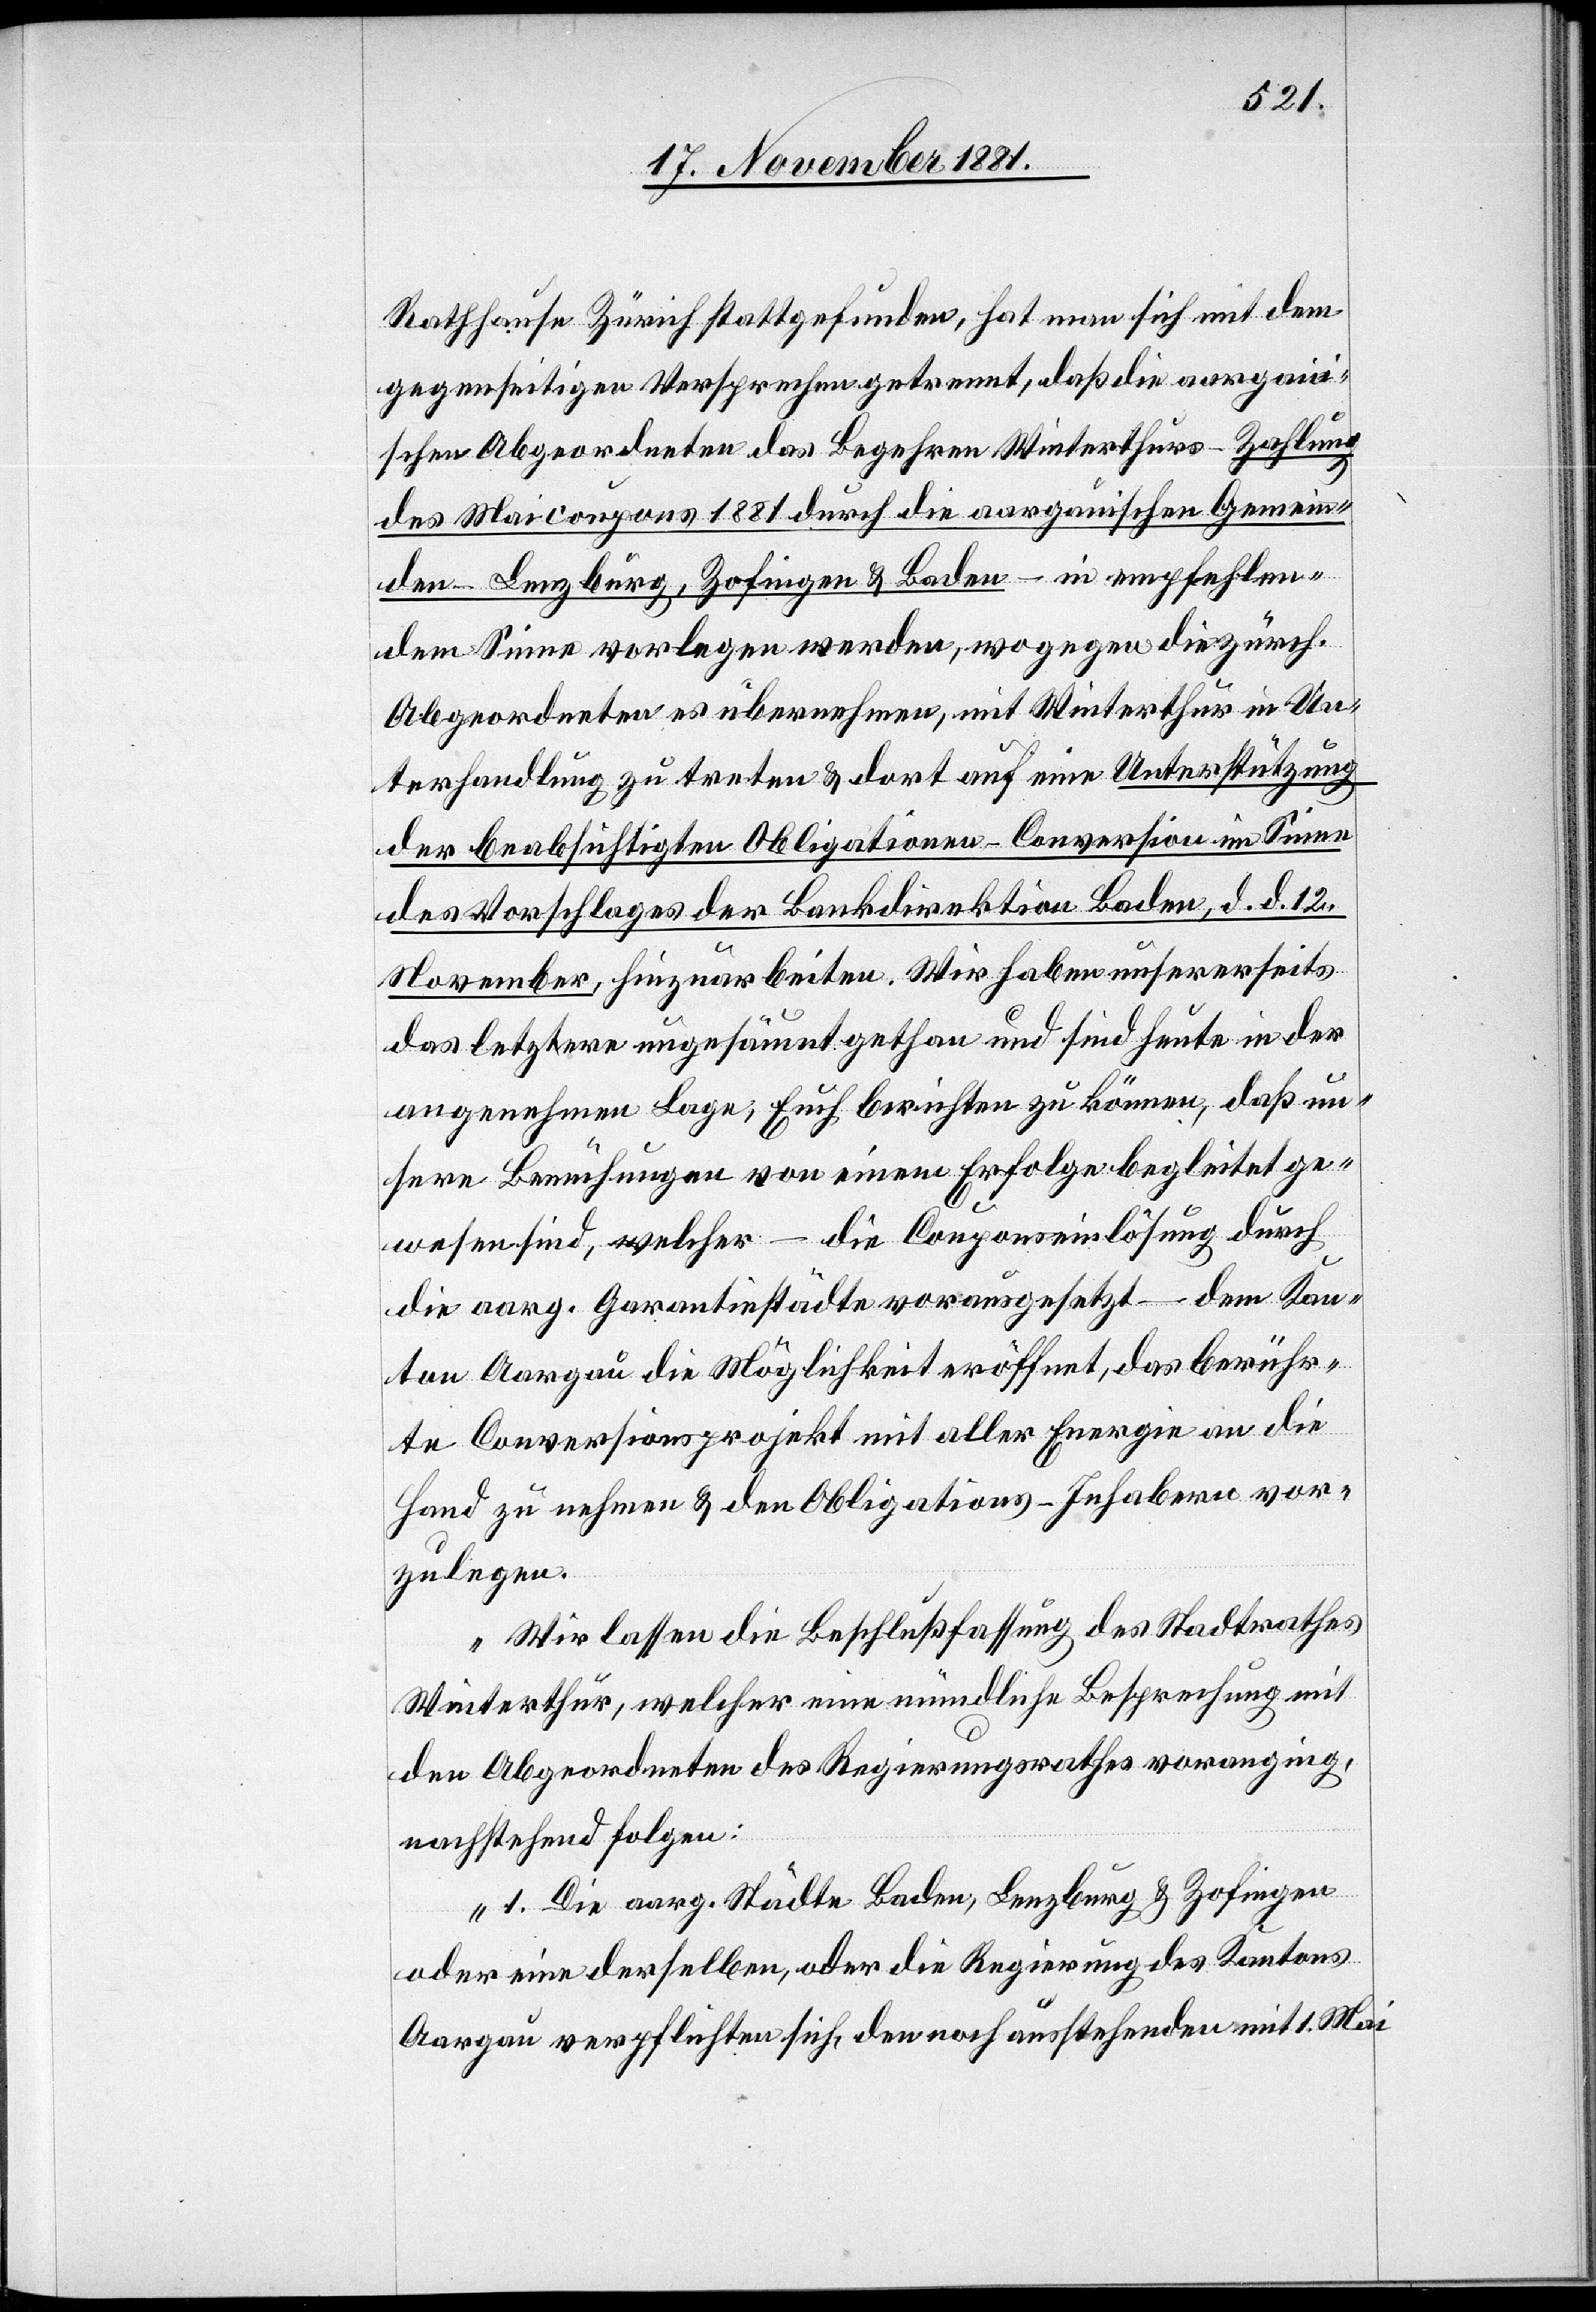
Rathhause Zürich stattgefunden, hat man sich mit dem
gegenseitigen Versprechen getrennt, daß die aargaui¬
schen Abgeordneten das Begehren Winterthurs – Zahlung
des Maicoupons 1881 durch die aargauischen Gemein¬
den – Lenzburg, Zofingen & Baden – in empfehlen¬
dem Sinne vorlegen werden, wogegen die zürch.
Abgeordneten es übernehmen, mit Winterthur in Un¬
terhandlung zu treten & dort auf eine Unterstützung
der beabsichtigten Obligationen-Conversion im Sinne
des Vorschlages der Bankdirektion Baden, d. d. 12.
November, hinzuarbeiten. Wir haben unsererseits
das letztere ungesäumt gethan und sind Heute in der
angenehmen Lage, Euch berichten zu können, daß un¬
sere Bemühungen von einem Erfolge begleitet ge¬
wesen sind, welcher – die Couponseinlösung durch
die aarg. Garantiestädte vorausgesetzt – dem Kan¬
ton Aargau die Möglichkeit eröffnet, das berühr¬
te Conversionsprojekt mit aller Energie an die
Hand zu nehmen & den Obligations-Inhabern vor¬
zulegen.
Wir lassen die Beschlußfassung des Stadtrathes
Winterthur, welcher eine mündliche Besprechung mit
den Abgeordneten des Regierungsrathes voranging,
nachstehend folgen:
1. Die aarg. Städte Baden, Lenzburg & Zofingen
oder eine derselben, oder die Regierung des Kantons
Aargau verpflichten sich, den noch ausstehenden mit 1. Mai